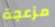
مزعجة